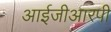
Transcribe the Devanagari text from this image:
आईजीआरपी